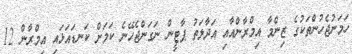
ހަމަނުޖެހުންތަކުގެ ޒިންމާ އިމްރާންއާއި އަދާލަތު ޕާޓީން ނަގަންޖެހޭނެ ކަމަށް ކަނޑައަޅައި އިމްރާން 12